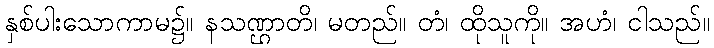
နှစ်ပါးသောကာမ၌။ နသဏ္ဌာတိ၊ မတည်။ တံ၊ ထိုသူကို။ အဟံ၊ ငါသည်။